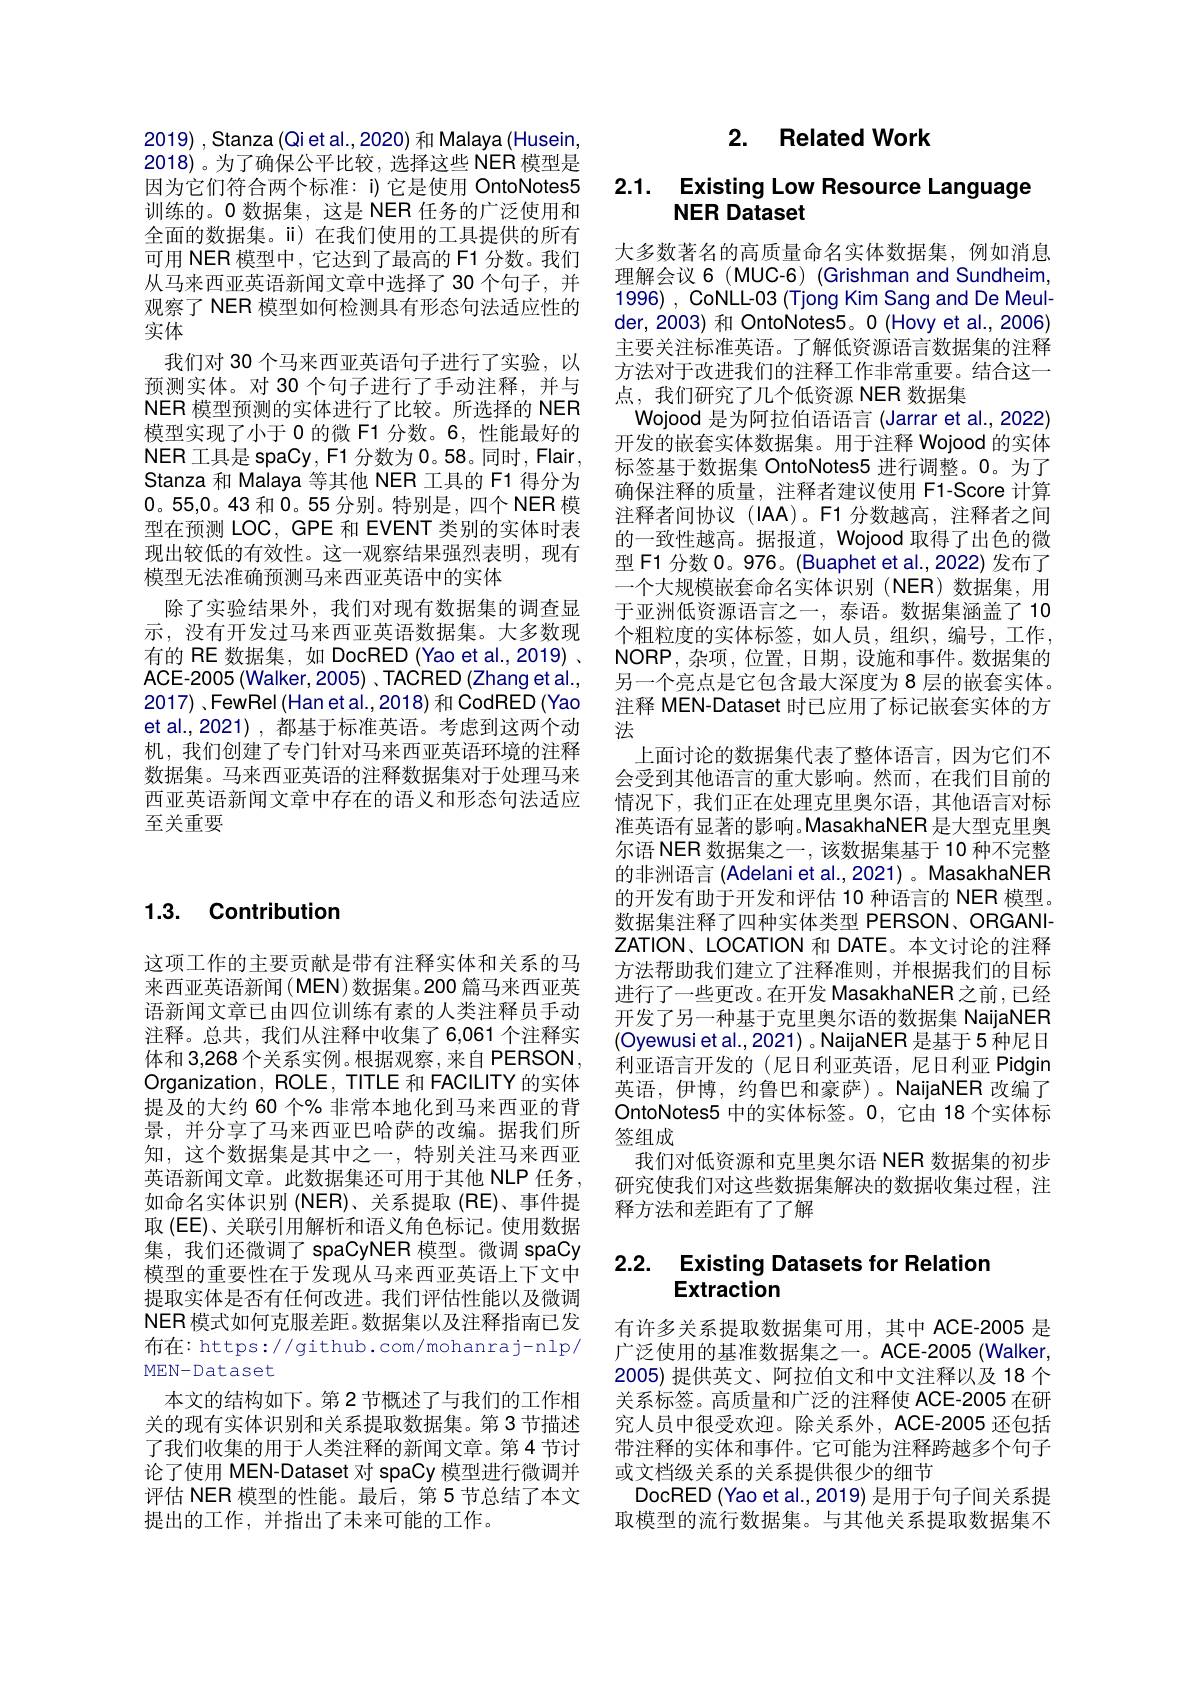
2019) , Stanza (Qi et al., 2020) 和 Malaya (Husein, 2018)。为了确保公平比较，选择这些 NER 模型是因为它们符合两个标准：i)它是使用 OntoNotes5训练的。0 数据集，这是 NER 任务的广泛使用和全面的数据集。ii) 在我们使用的工具提供的所有可用 NER 模型中，它达到了最高的 F1 分数。我们从马来西亚英语新闻文章中选择了30 个句子，并观察了 NER 模型如何检测具有形态句法适应性的实体
我们对 30 个马来西亚英语句子进行了实验，以预测实体。对 30 个句子进行了手动注释，并与NER 模型预测的实体进行了比较。所选择的 NER 模型实现了小于 0 的微 F1 分数。6, 性能最好的NER 工具是 spaCy, F1 分数为0。58。同时，Flair, Stanza 和 Malaya 等其他 NER 工具的 F1 得分为0。55,0。43和0。55 分别。特别是，四个 NER 模型在预测 LOC, GPE 和 EVENT 类别的实体时表现出较低的有效性。这一观察结果强烈表明，现有模型无法准确预测马来西亚英语中的实体
除了实验结果外，我们对现有数据集的调查显示，没有开发过马来西亚英语数据集。大多数现有的 RE 数据集，如 DocRED (Yao et al.,2019) . ACE-2005 (Walker, 2005) 、TACRED (Zhang et al., 2017) ,FewRel (Han et al., 2018) 和 CodRED (Yao et al.,2021),都基于标准英语。考虑到这两个动机，我们创建了专门针对马来西亚英语环境的注释数据集。马来西亚英语的注释数据集对于处理马来西亚英语新闻文章中存在的语义和形态句法适应至关重要

# 1.3. Contribution

这项工作的主要贡献是带有注释实体和关系的马来西亚英语新闻(MEN)数据集。200 篇马来西亚英语新闻文章已由四位训练有素的人类注释员手动注释。总共，我们从注释中收集了6，061 个注释实体和 3,268 个关系实例。根据观察 , 来自 PERSON, Organization, ROLE, TITLE 和 FACILITY 的实体提及的大约 60 个% 非常本地化到马来西亚的背景，并分享了马来西亚巴哈萨的改编。据我们所知，这个数据集是其中之一，特别关注马来西亚英语新闻文章。此数据集还可用于其他 NLP 任务， 如命名实体识别 (NER)、关系提取 (RE)、事件提取 (EE)、关联引用解析和语义角色标记。使用数据集，我们还微调了 spaCyNER 模型。微调 spaCy 模型的重要性在于发现从马来西亚英语上下文中提取实体是否有任何改进。我们评估性能以及微调NER 模式如何克服差距。数据集以及注释指南已发布在：https://github. com/mohanraj-nlp/ MEN-Dataset
本文的结构如下。第 2 节概述了与我们的工作相关的现有实体识别和关系提取数据集。第3节描述了我们收集的用于人类注释的新闻文章。第4节讨论了使用 MEN-Dataset 对 spaCy 模型进行微调并评估 NER 模型的性能。最后，第5节总结了本文提出的工作，并指出了未来可能的工作。

# 2. Related Work

## 2.1. Existing Low Resource Language NER Dataset

大多数著名的高质量命名实体数据集，例如消息理解会议 6 (MUC-6) (Grishman and Sundheim, 1996) , CoNLL-03 (Tjong Kim Sang and De Meulder, 2003) 和 OntoNotes5。0 (Hovy et al., 2006) 主要关注标准英语。了解低资源语言数据集的注释方法对于改进我们的注释工作非常重要。结合这一点，我们研究了几个低资源 NER 数据集
Wojood 是为阿拉伯语语言 (Jarrar et al.,2022) 开发的嵌套实体数据集。用于注释 Wojood 的实体标签基于数据集 OntoNotes5 进行调整。0。为了确保注释的质量，注释者建议使用 F1-Score 计算注释者间协议(IAA)。F1 分数越高，注释者之间的一致性越高。据报道，Wojood 取得了出色的微型F1 分数 0。976。(Buaphet et al.,2022)发布了一个大规模嵌套命名实体识别(NER)数据集，用于亚洲低资源语言之一，泰语。数据集涵盖了 10个粗粒度的实体标签，如人员，组织，编号，工作NORP,杂项，位置，日期，设施和事件。数据集的另一个亮点是它包含最大深度为8层的嵌套实体。注释 MEN-Dataset 时已应用了标记嵌套实体的方法
上面讨论的数据集代表了整体语言，因为它们不会受到其他语言的重大影响。然而，在我们目前的情况下，我们正在处理克里奥尔语，其他语言对标准英语有显著的影响。MasakhaNER 是大型克里奥尔语 NER 数据集之一，该数据集基于 10 种不完整的非洲语言 (Adelani et al., 2021) 。MasakhaNER 的开发有助于开发和评估 10 种语言的 NER 模型。数据集注释了四种实体类型 PERSON、ORGANIZATION、LOCATION 和 DATE。本文讨论的注释方法帮助我们建立了注释准则，并根据我们的目标进行了一些更改。在开发 MasakhaNER 之前，已经开发了另一种基于克里奥尔语的数据集 NaijaNER (Oyewusi et al., 2021) 。NaijaNER 是基于 5 种尼日利亚语言开发的(尼日利亚英语，尼日利亚 Pidgin 英语，伊博，约鲁巴和豪萨)。NaijaNER 改编了OntoNotes5 中的实体标签。0, 它由 18 个实体标签组成
我们对低资源和克里奥尔语 NER 数据集的初步研究使我们对这些数据集解决的数据收集过程，注释方法和差距有了了解

## 2.2. Existing Datasets for Relatior Extraction

有许多关系提取数据集可用，其中 ACE-2005 是广泛使用的基准数据集之一。ACE-2005(Walker, 2005)提供英文、阿拉伯文和中文注释以及 18 个关系标签。高质量和广泛的注释使 ACE-2005 在研究人员中很受欢迎。除关系外，ACE-2005 还包括带注释的实体和事件。它可能为注释跨越多个句子或文档级关系的关系提供很少的细节
DocRED (Yao et al., 2019) 是用于句子间关系提取模型的流行数据集。与其他关系提取数据集不